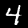
Digit: 4